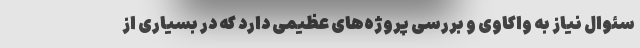
سئوال نیاز به واکاوی و بررسی پروژه‌های عظیمی دارد که در بسیاری از